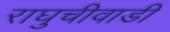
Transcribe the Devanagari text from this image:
राघुचीवाडी